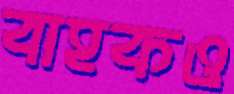
বাহকও